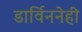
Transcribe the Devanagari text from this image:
डार्विननेही